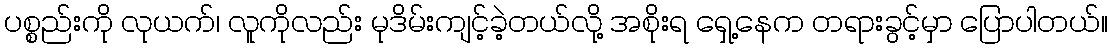
ပစ္စည်းကို လုယက်၊ လူကိုလည်း မုဒိမ်းကျင့်ခဲ့တယ်လို့ အစိုးရ ရှေ့နေက တရားခွင့်မှာ ပြောပါတယ်။